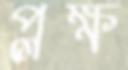
প্লক্ষ